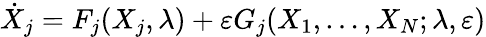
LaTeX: \dot{X}_{j}=F_{j}(X_{j},\lambda)+\varepsilon G_{j}(X_{1},\dots,X_{N};\lambda,\varepsilon)